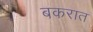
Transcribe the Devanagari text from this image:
बकरात